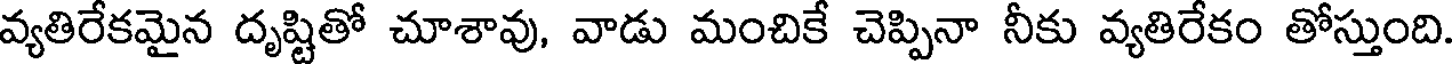
వ్యతిరేకమైన దృష్టితో చూశావు, వాడు మంచికే చెప్పినా నీకు వ్యతిరేకం తోస్తుంది